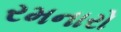
રમનારો